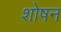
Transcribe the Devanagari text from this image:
शोषन